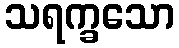
သရက္ခသော